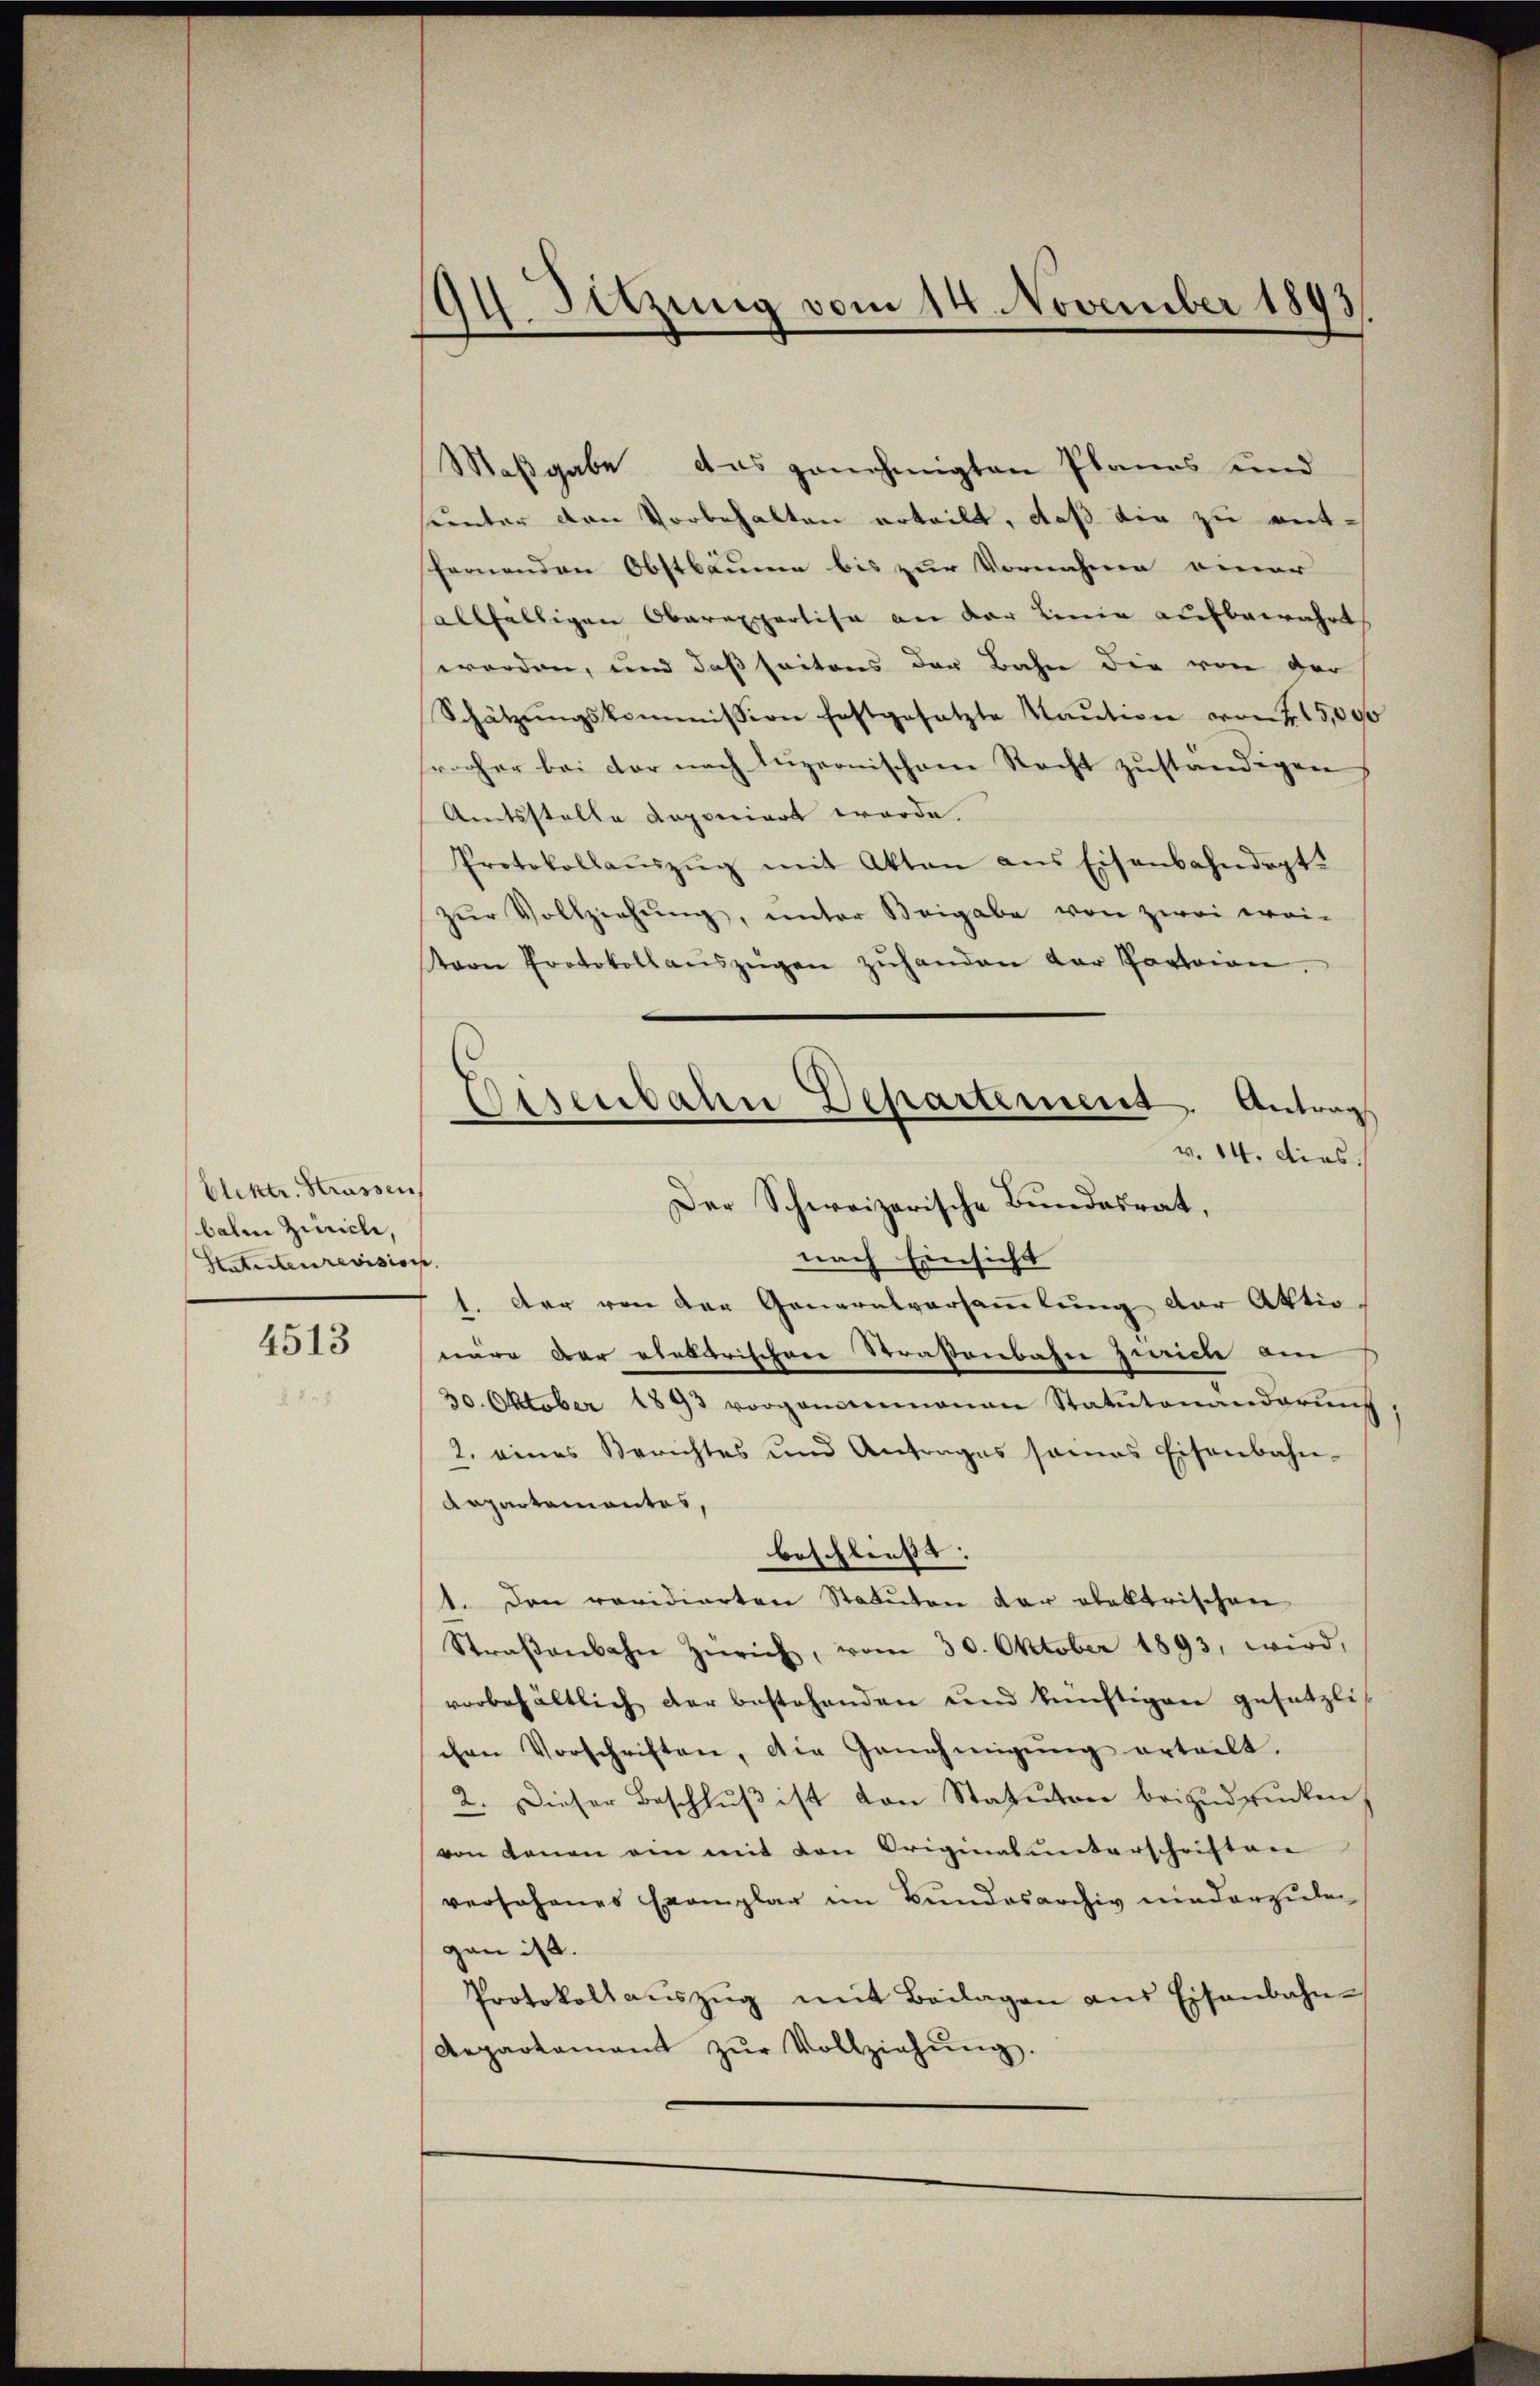
Elektr. Strassen
balm Zürich,
Statuteurevision.

4513

94. Sitzung vom 14. November 1893.

Maßgabe das genehmigten Planes und
hunter den Vorbehalten erteilt, daß die zu entfernenden Obstbäume bis zur Vornahme einer
allfältigen Oberexpertisa an der Linie aufbewahrt
worden, und daß seitens der Bahn die von der
Schätzŭngskommission festgesetzte Kaŭtion von 415,000
sroher bei der nach Luzernischen Recht zuständigen
Amtsstelle deponiert werde.
Protokollaŭszŭg mit Akten aus Eisenbahndept
zŭr Vollziehŭng, unter Beigabe von zwei wei-
tern Protokollauszügen zŭhanden der Parteien.

Eisenbahn Departement. Antrags
v. 14. dies
Der Schweizerische Bundesrat,
nach Einsicht
1. Der von der Generalversammlung der Aktio¬

nare der ehelerischen Straßenbahn Zürich am
30. Oktober 1893 vorgenommenen Statutenanderŭng
2. eines Berichtes und Antrages sonas Eisenbahn-
Repartementes,
beschliess. |
1. Den revidierten Statuten der elektrischen
Straβenbahn Zürich, vom 30. Oktober 1893, wird,
vorbehältlich der bestehenden und künftigen gesetzli
chen Vorschriften, die Genehmigŭng erteilt.
2. Dieser Beschluß ist von Statuten beizudrucken
von denen ein mit den Originalunterschriften
versehenes Exemplar im Bundesarchiv niederzulegan ist.
Protokoll aŭszŭg mit Beilagen ans Eisenbahn-
Repartament zŭr Vollziehŭng.